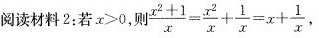
阅读材料2：若$$x > 0$$,则$$\frac { x ^ { 2 } + 1 } { x } = \frac { x ^ { 2 } } { x } + \frac { 1 } { x } = x + \frac { 1 } { x }$$，